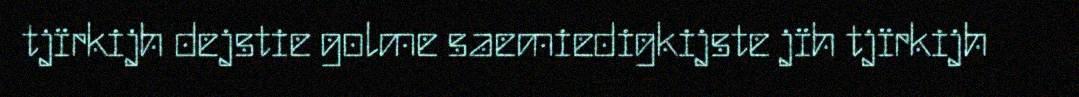
tjïrkijh dejstie golme saemiedigkijste jïh tjïrkijh